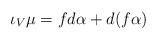
LaTeX: \begin{align*}\iota_V \mu = f d \alpha + d (f \alpha)\end{align*}